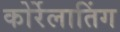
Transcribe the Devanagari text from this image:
कोर्रेलातिंग